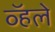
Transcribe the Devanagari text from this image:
व्हॅले